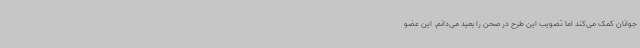
جوانان کمک می‌کند اما تصویب این طرح در صحن را بعید می‌دانم. این عضو